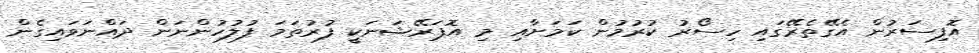
އޮފިސަރުން އެގޭތެރޭގައި ހިސޯރު ކުރުމުން ކަމަށާއި މި އޮޕަރޭޝަނަކީ ފުރުތަމަ ފުލުހުންނަން ދައްނަވައިގެން